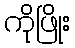
ကိုဖြိုး